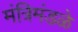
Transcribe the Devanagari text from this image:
मंत्रिमंडळे